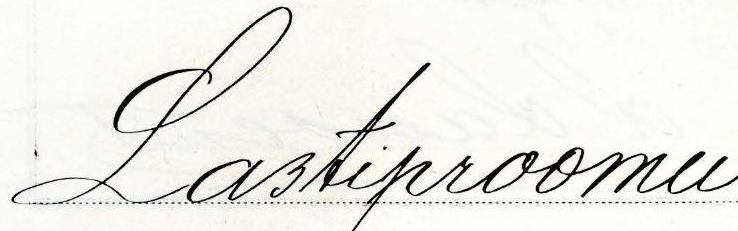
Lastiproomu